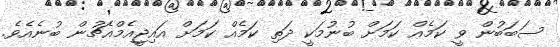
ސަބަބުން ވީ ކަމެއް ކަމަށް ބުނުމަކީ ދަތި ކަމެއް ކަމަށް އައިޖީއެމްއެޗުން ބުނެއެވެ.